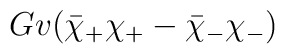
G v ( \bar \chi_+ \chi_+ - \bar \chi_- \chi_-)